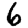
Digit: 6